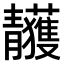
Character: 𩇥